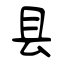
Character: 县